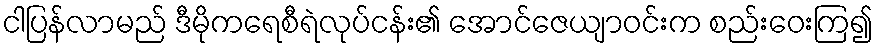
ငါပြန်လာမည် ဒီမိုကရေစီရဲလုပ်ငန်း၏ အောင်ဇေယျာဝင်းက စည်းဝေးကြ၍